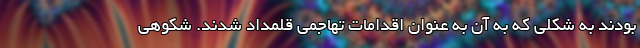
بودند به شکلی که به آن به عنوان اقدامات تهاجمی قلمداد شدند. شکوهی